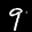
Label: 9